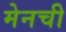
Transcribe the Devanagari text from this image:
मेनची